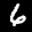
Label: 6